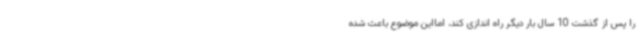
را پس از گذشت 10 سال بار دیگر راه اندازی کند، امااین موضوع باعث شده